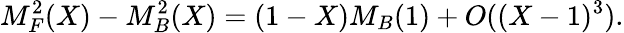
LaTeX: M_{F}^{2}(X)-M_{B}^{2}(X)=(1-X)M_{B}(1)+O((X-1)^{3}).